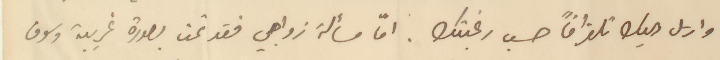
وارسل اليك تلغرافاً حسب رغبتك. امّا مسألة زواجي فقد تمت بصورة غريبة وسوف